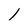
Character: 1